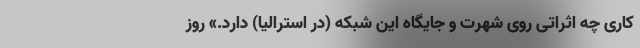
کاری چه اثراتی روی شهرت و جایگاه این شبکه (در استرالیا) دارد.» روز